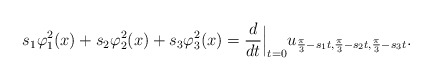
\begin{align*}s_1 \varphi_1^2(x) + s_2 \varphi_2^2(x) + s_3 \varphi_3^2(x) &= \frac{d}{d t} \Big |_{t=0} u_{\frac{\pi}{3}-s_1t, \frac{\pi}{3}-s_2t, \frac{\pi}{3}-s_3t}.\end{align*}